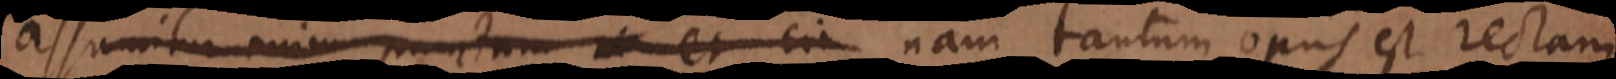
assumitur enim punctum et cir nam tantum opus est rectam